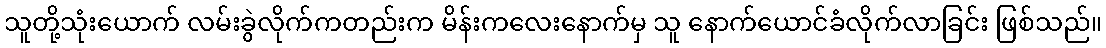
သူတို့သုံးယောက် လမ်းခွဲလိုက်ကတည်းက မိန်းကလေးနောက်မှ သူ နောက်ယောင်ခံလိုက်လာခြင်း ဖြစ်သည်။